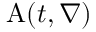
\mathrm { A } ( t , \nabla )